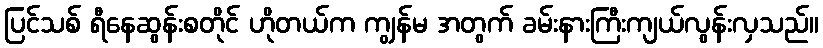
ပြင်သစ် ရီနေဆွန်းစတိုင် ဟိုတယ်က ကျွန်မ အတွက် ခမ်းနားကြီးကျယ်လွန်းလှသည်။